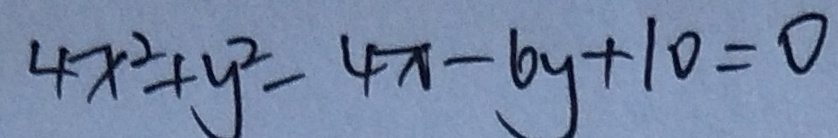
4 x ^ { 2 } + y ^ { 2 } - 4 x - b y + 1 0 = 0